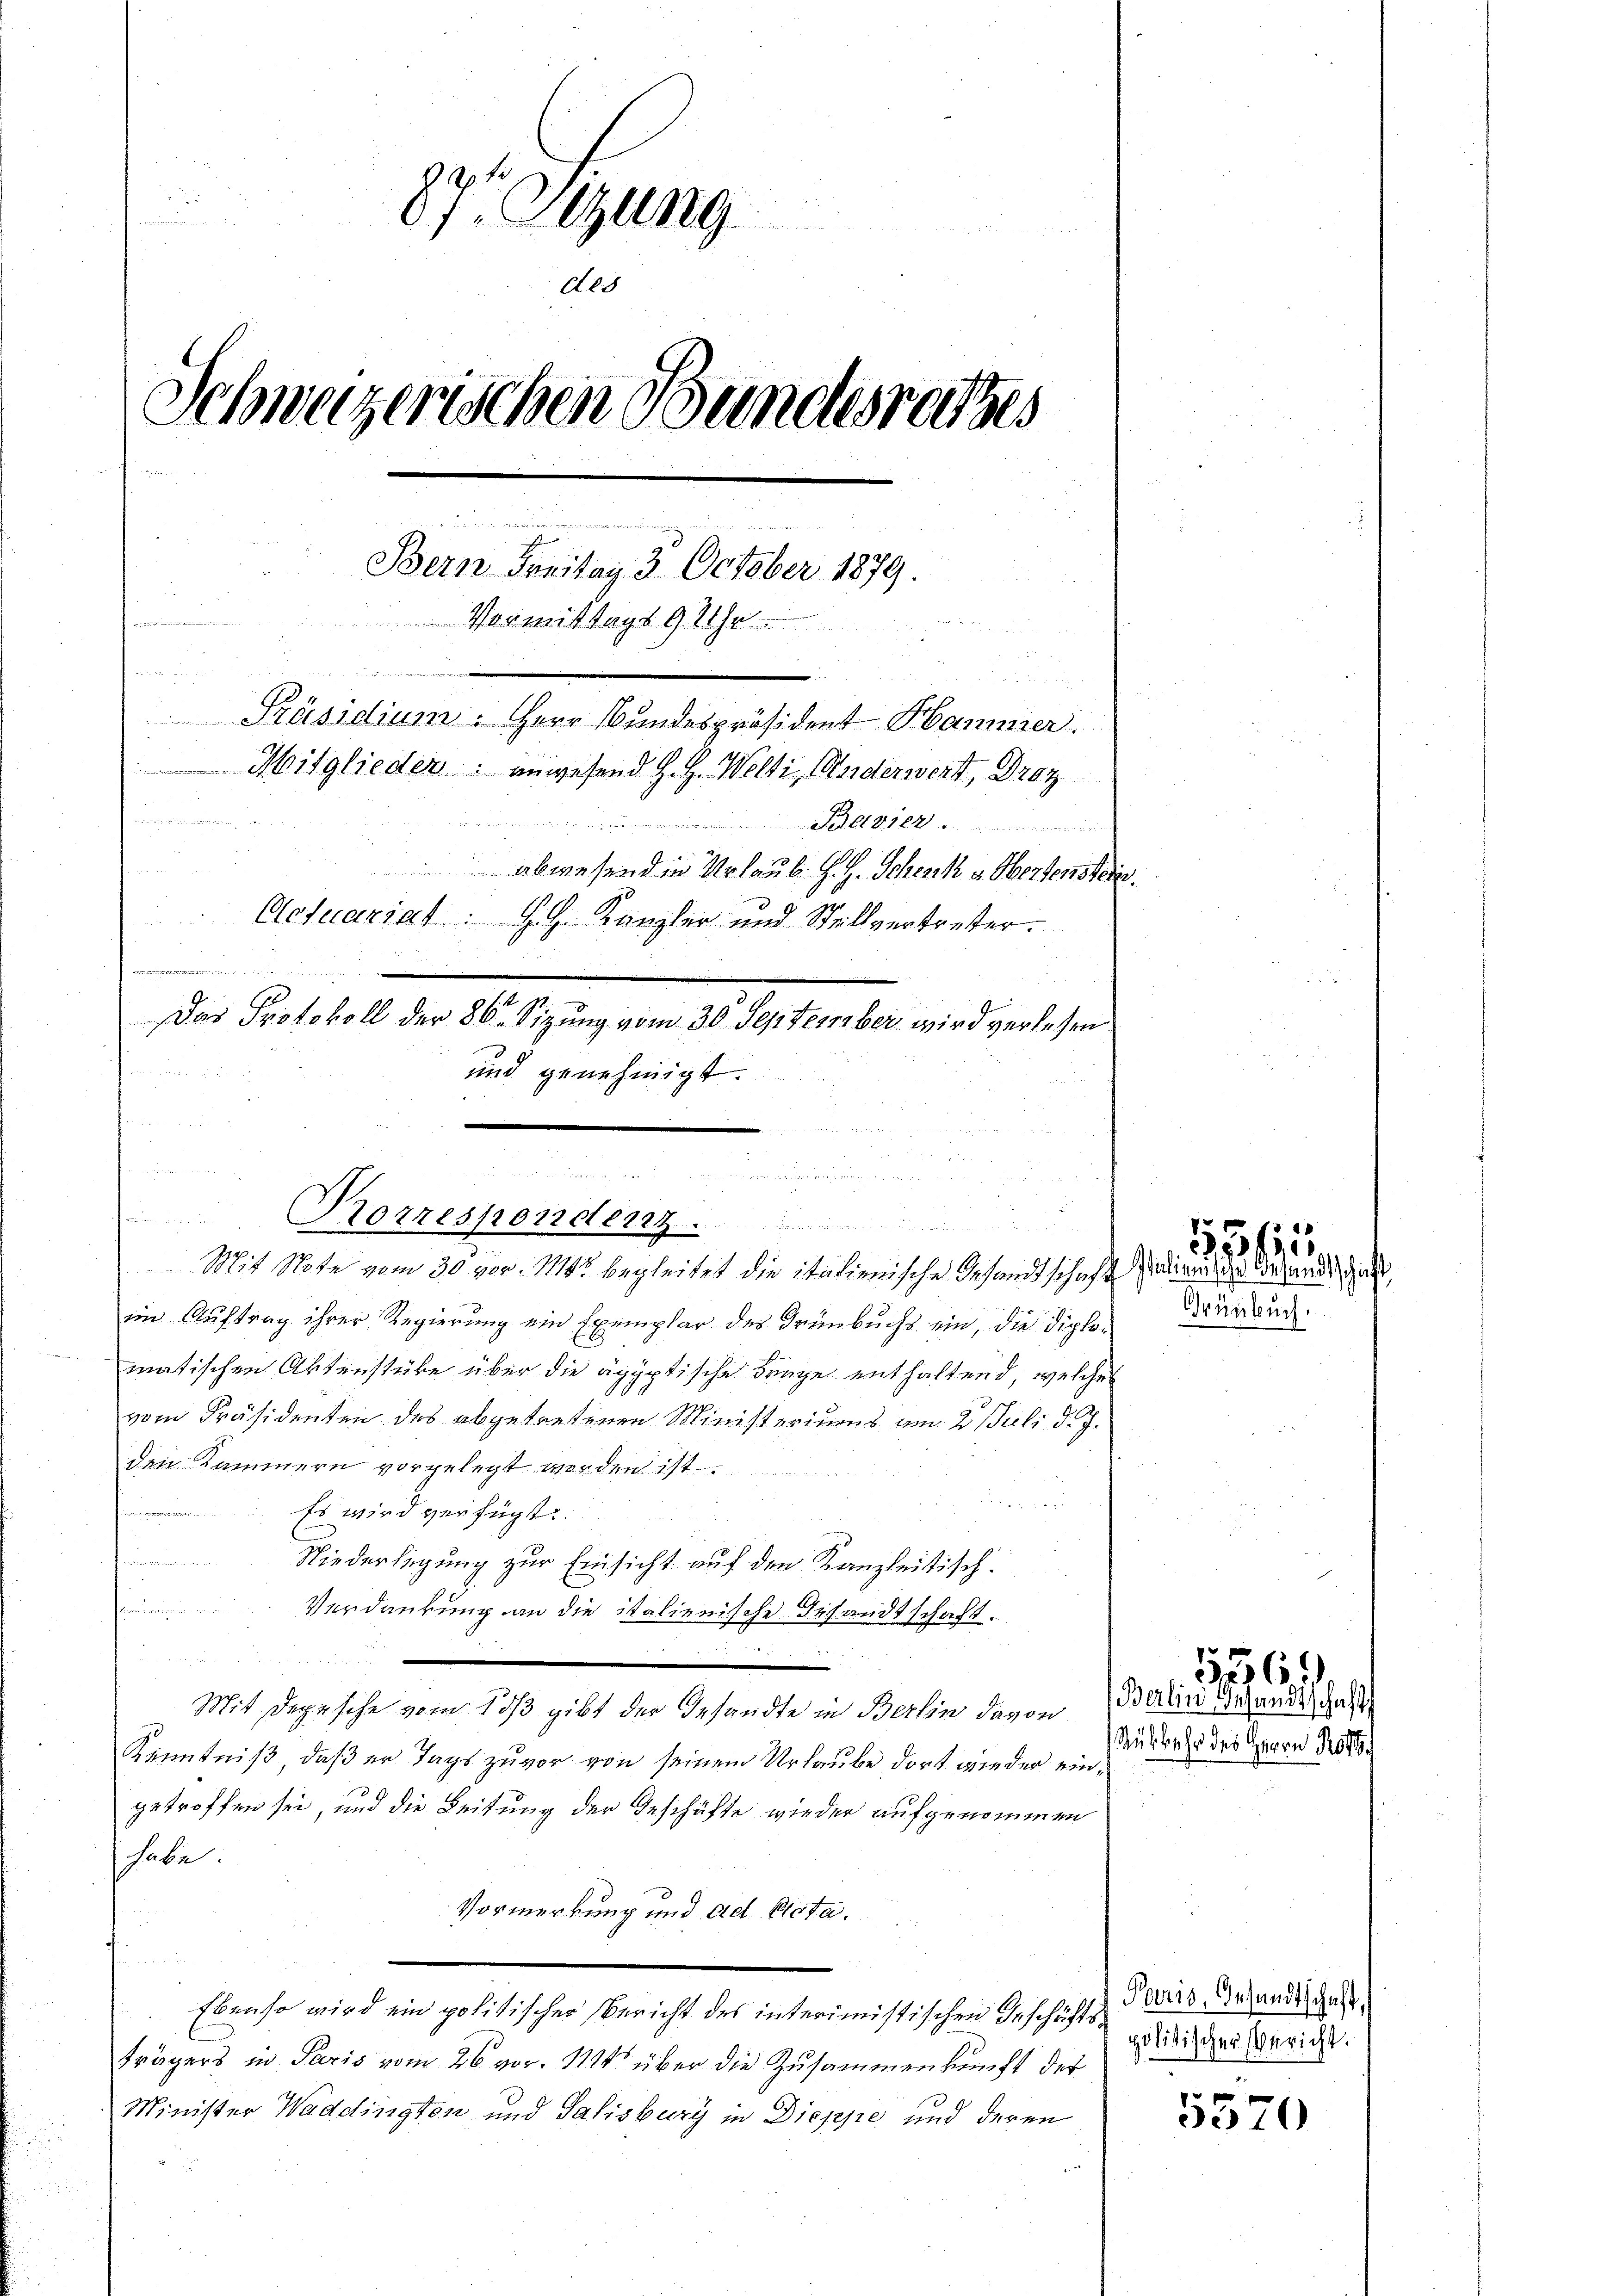
87. ung
.
Schweizerischen Bundesrathes

u
J
Bern Freitag 3. October 1879.
.
Vermittags 9 Uhr
e
x
e
n
Präsidium. Herr Bundespräsident Hammer
Mitglieder: anwesend Z. G. Welti, Maderwert, Droz

.
abwesend in Urlaub. G. H. Schenk & Obertenstein.
Actuariat. G. H. Kanzler und Stellvertretter.
u
d
e
Das Protokoll der 86 Sizung vom 30. September wird verlesen
und genehmigt.

i

Korrespendenz.
Mit Note vom 30. vor. Mts. begleitet die italienische Gesandtschaft

des

n
im Auftrag ihrer Regierung ein Exemplar des Trenbuchs ein, die Diplomatischen Aktenstüke über die ägyptische Frage enthaltend, welches
vom Präsidenten des abgetretenen Ministeriums am 2. Juli d. J.
den Kammern vorgelegt worden ist.
i
Birmen
Es wird verfügt:

Niederlegung zur Einsicht auf den Kanzleitisch.
Verdankung an die italienische Gesandtschaft.
 x 2 x
.
Mit Depesche vom Soß gibt der Gesandte in Berlin davon
Kenntniß, daß er Tags zuvor von seinem Urlaube dort wieder eingetroffen sei, und die Leitung der Geschäfte wieder aufgenommen
habe
Vormerkung und ad Acta.
Ebenso wird ein politischer Bericht des interimistischen Geschäftsträgers in Paris vom 26. vor. 114 über die Zusammenkunft der
Minister Waddingten und Salisburg in Dieppe und deren

Grünbuch.

8
1555.
Italienische Gesandtsche

Rükkehr des Herrn Röst

5569
Berlin Gesandtschaft

Paris, Gesandtschaft,
politischer Bericht.

5370